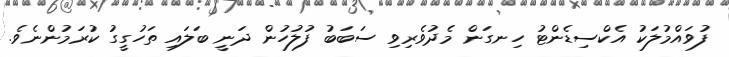
ފުވައްމުލަކު އެކްސިޑެންޓު ހިނގަން މެދުވެރިވި ސަބަބު ފުލުހުން ދަނީ ބަލައި ތަހުގީގު ކުރަމުންނެވެ.